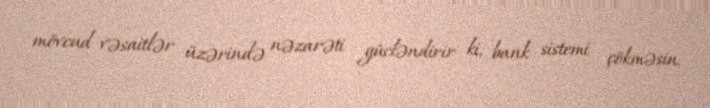
mövcud vəsaitlər üzərində nəzarəti gücləndirir ki, bank sistemi çökməsin.